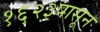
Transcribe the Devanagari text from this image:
१६२३पासून